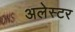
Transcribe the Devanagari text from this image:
अलेस्टर